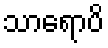
သာရောပိ